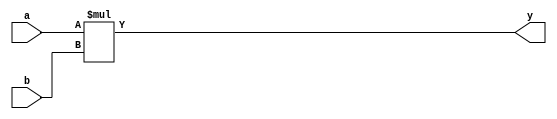
`timescale 1ns / 1ps
//////////////////////////////////////////////////////////////////////////////////
// Company: 
// Engineer: 
// 
// Design Name: 
// Module Name: mult
// Project Name: 
// Target Devices: 
// Tool Versions: 
// Description: 
// 
// Dependencies: 
// 
// Revision:
// Revision 0.01 - File Created
// Additional Comments:
// 
//////////////////////////////////////////////////////////////////////////////////


module mult (
        input wire [31:0] a, b,
        output wire [63:0] y
    );
    
    assign y = a * b;

endmodule